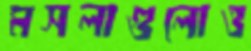
মসলাগুলোও